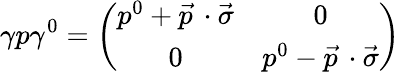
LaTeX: \gamma p\gamma^{0}=\left(\begin{array}{cc}{{p^{0}+\vec{p}\, \cdot\vec{\sigma}}}&{{0}}\\ {{0}}&{{p^{0}-\vec{p}\, \cdot\vec{\sigma}}}\end{array}\right)